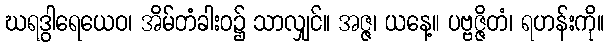
ဃရဒွါရေယေဝ၊ အိမ်တံခါးဝ၌ သာလျှင်။ အဇ္ဇ၊ ယနေ့။ ပဗ္ဗဇ္ဇိတံ၊ ရဟန်းကို။